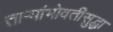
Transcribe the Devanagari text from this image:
ताऱ्यांभोवतीसुद्धा